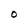
Character: O